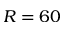
R = 6 0